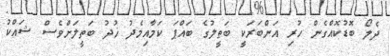
ދެލޯ ބޮޑުކޮއްގެން ހުރި އަންބަރަކީ ބަތީލުގެ ބައްޕަ ކަމާއިމެދު ޚުދު ބަތީލަށްވެސް ޝައްކު